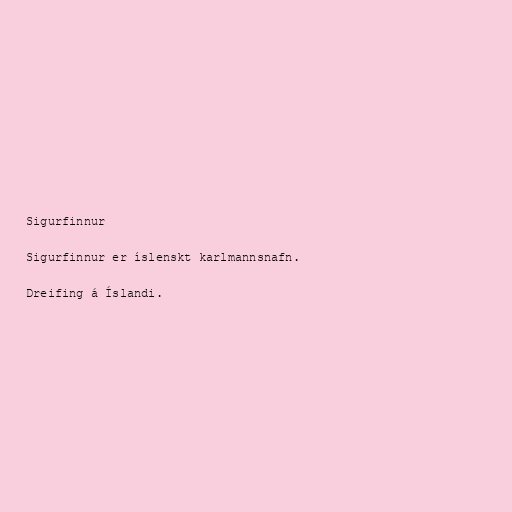
Sigurfinnur

Sigurfinnur er íslenskt karlmannsnafn.

Dreifing á Íslandi.